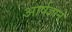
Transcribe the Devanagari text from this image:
आर्षज्ञान